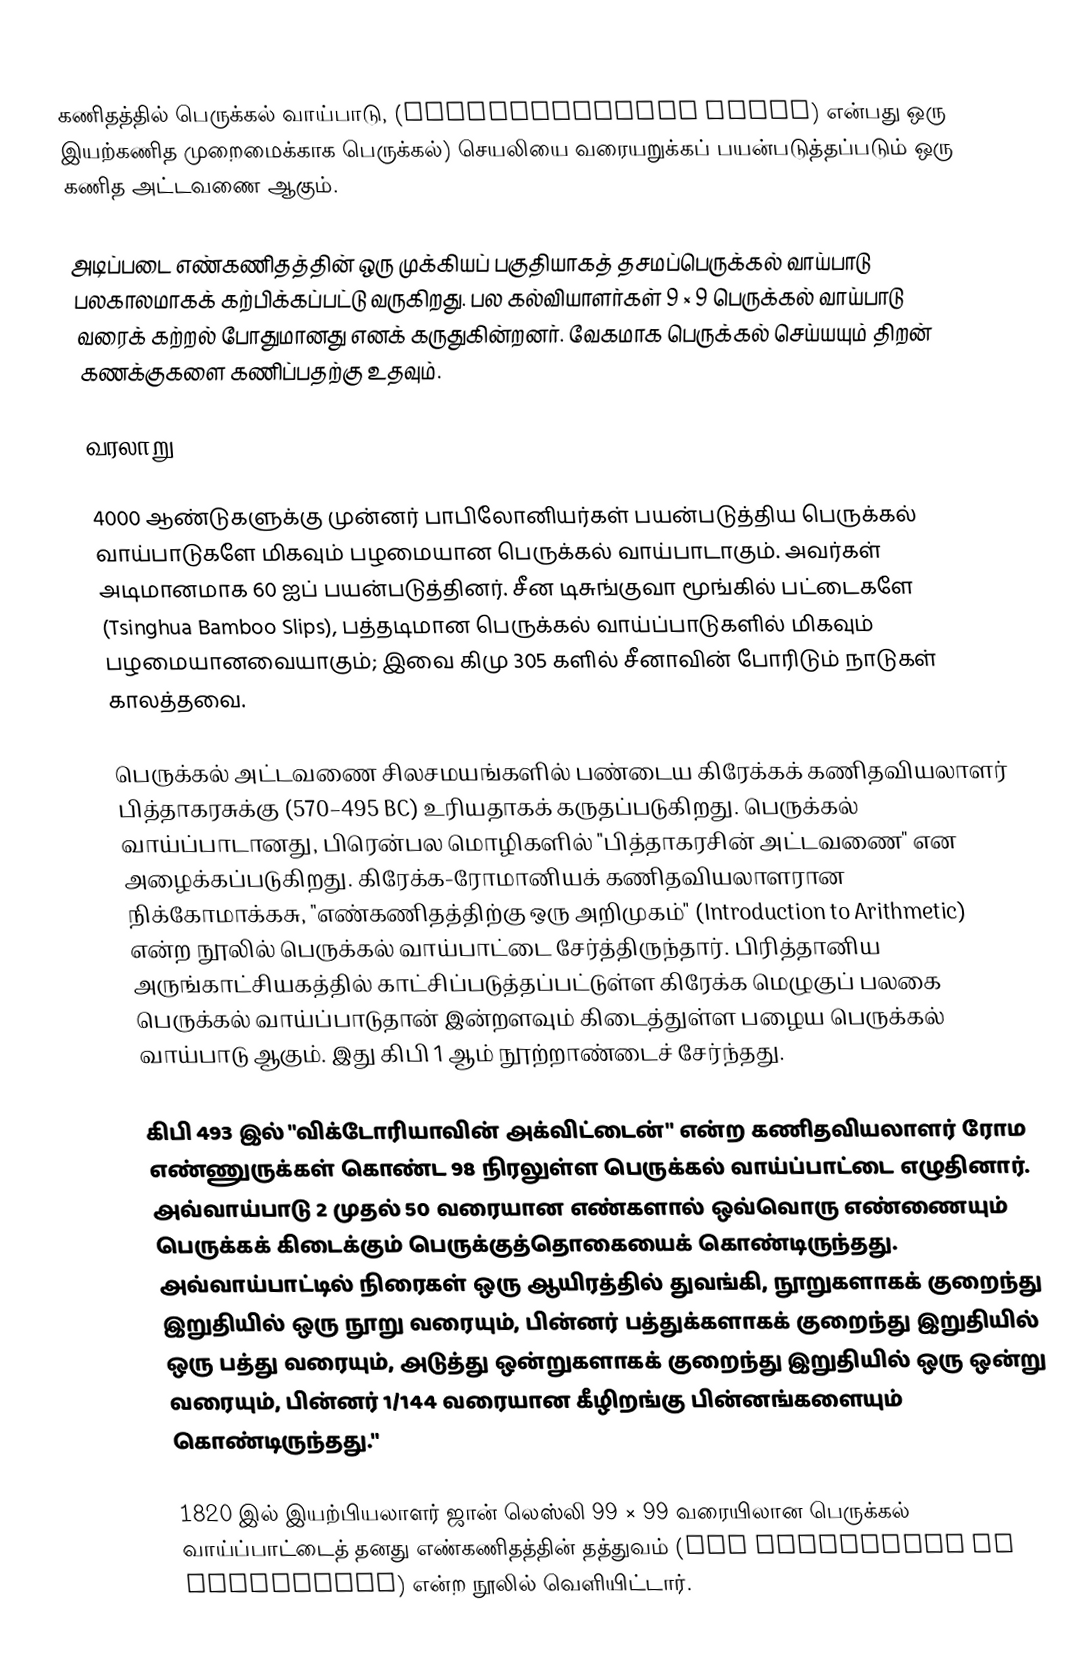
கணிதத்தில் பெருக்கல் வாய்பாடு,  (multiplication table) என்பது ஒரு இயற்கணித முறைமைக்காக பெருக்கல்) செயலியை வரையறுக்கப் பயன்படுத்தப்படும் ஒரு கணித அட்டவணை ஆகும்.

அடிப்படை எண்கணிதத்தின் ஒரு முக்கியப் பகுதியாகத் தசமப்பெருக்கல் வாய்பாடு பலகாலமாகக் கற்பிக்கப்பட்டு வருகிறது. பல கல்வியாளர்கள்  9 × 9 பெருக்கல் வாய்பாடு வரைக் கற்றல் போதுமானது எனக் கருதுகின்றனர். வேகமாக பெருக்கல் செய்யயும் திறன் கணக்குகளை கணிப்பதற்கு உதவும்.

வரலாறு

4000 ஆண்டுகளுக்கு முன்னர் பாபிலோனியர்கள் பயன்படுத்திய பெருக்கல் வாய்பாடுகளே மிகவும் பழமையான பெருக்கல் வாய்பாடாகும். அவர்கள் அடிமானமாக 60 ஐப் பயன்படுத்தினர். சீன டிசுங்குவா மூங்கில் பட்டைகளே (Tsinghua Bamboo Slips), பத்தடிமான பெருக்கல் வாய்ப்பாடுகளில் மிகவும் பழமையானவையாகும்; இவை கிமு 305 களில் சீனாவின் போரிடும் நாடுகள் காலத்தவை.

பெருக்கல் அட்டவணை சிலசமயங்களில் பண்டைய கிரேக்கக் கணிதவியலாளர் பித்தாகரசுக்கு (570–495 BC) உரியதாகக் கருதப்படுகிறது. பெருக்கல் வாய்ப்பாடானது, பிரென்பல மொழிகளில் "பித்தாகரசின் அட்டவணை" என அழைக்கப்படுகிறது. கிரேக்க-ரோமானியக் கணிதவியலாளரான நிக்கோமாக்கசு, "எண்கணிதத்திற்கு ஒரு அறிமுகம்" (Introduction to Arithmetic) என்ற நூலில் பெருக்கல் வாய்பாட்டை சேர்த்திருந்தார். பிரித்தானிய அருங்காட்சியகத்தில் காட்சிப்படுத்தப்பட்டுள்ள கிரேக்க மெழுகுப் பலகை  பெருக்கல் வாய்ப்பாடுதான் இன்றளவும் கிடைத்துள்ள பழைய பெருக்கல் வாய்பாடு ஆகும். இது கிபி 1 ஆம் நூற்றாண்டைச் சேர்ந்தது.

கிபி 493  இல் "விக்டோரியாவின் அக்விட்டைன்" என்ற கணிதவியலாளர் ரோம எண்ணுருக்கள் கொண்ட 98 நிரலுள்ள பெருக்கல் வாய்ப்பாட்டை எழுதினார். அவ்வாய்பாடு 2 முதல் 50 வரையான எண்களால் ஒவ்வொரு எண்ணையும் பெருக்கக் கிடைக்கும் பெருக்குத்தொகையைக் கொண்டிருந்தது. அவ்வாய்பாட்டில் நிரைகள் ஒரு ஆயிரத்தில் துவங்கி, நூறுகளாகக் குறைந்து இறுதியில் ஒரு நூறு வரையும், பின்னர் பத்துக்களாகக் குறைந்து இறுதியில் ஒரு பத்து வரையும், அடுத்து ஒன்றுகளாகக் குறைந்து இறுதியில் ஒரு ஒன்று வரையும், பின்னர் 1/144 வரையான கீழிறங்கு பின்னங்களையும் கொண்டிருந்தது."

1820 இல் இயற்பியலாளர் ஜான் லெஸ்லி 99 × 99 வரையிலான பெருக்கல் வாய்ப்பாட்டைத் தனது எண்கணிதத்தின் தத்துவம் (The Philosophy of Arithmetic) என்ற நூலில் வெளியிட்டார்.